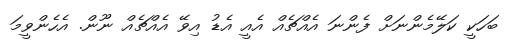
ބަހަކީ ކަލޭމެންނަށް ފެންނަ އެއްޗެއް އެއީ އެޑު އިވޭ އެއްޗެއް ނޫން. އެހެންވީމަ